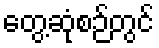
တွေ့ဆုံစဉ်တွင်